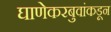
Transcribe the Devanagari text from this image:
घाणेकरबुवांकडून